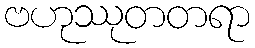
ဗဟုဿုတတရာ